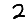
Digit: 2